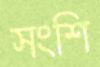
সংশি